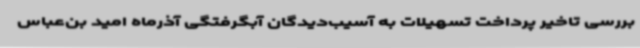
بررسی تاخیر پرداخت تسهیلات به آسیب‌دیدگان آبگرفتگی آذرماه امید بن‌عباس